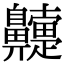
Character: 䶑